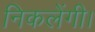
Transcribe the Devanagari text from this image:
निकलेंगी।